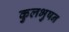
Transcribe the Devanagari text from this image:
कुलभुषन